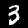
Label: 3